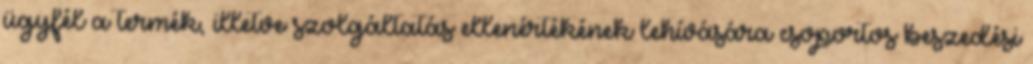
ügyfél a termék, illetve szolgáltatás ellenértékének lehívására csoportos beszedési